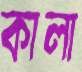
কালা